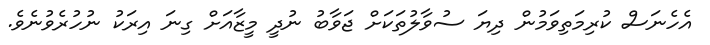
އެހެނަސް ކުރިމަތިވަމުން ދިޔަ ސުވާލުތަކަށް ޖަވާބު ނުދީ މީޒާއަށް ގިނަ އިރަކު ނުހުރެވުނެވެ.